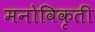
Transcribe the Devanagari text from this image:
मनोविकृती